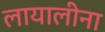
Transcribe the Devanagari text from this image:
लायालीना